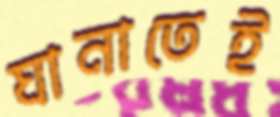
ঘানাতেই